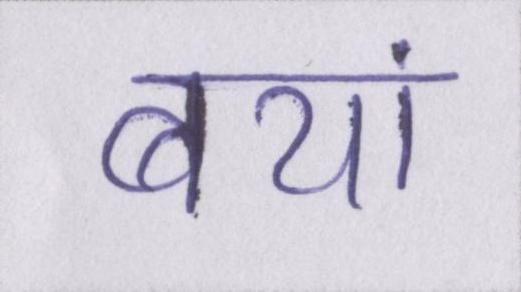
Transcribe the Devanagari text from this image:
बयां